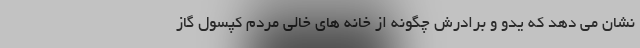
نشان می دهد که یدو و برادرش چگونه از خانه های خالی مردم کپسول گاز